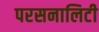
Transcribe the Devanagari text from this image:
परसनालिटी